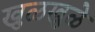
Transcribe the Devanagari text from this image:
खुळखुळे